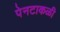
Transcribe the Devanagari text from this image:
पेनटाकळी